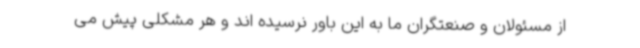
از مسئولان و صنعتگران ما به این باور نرسیده اند و هر مشکلی پیش می